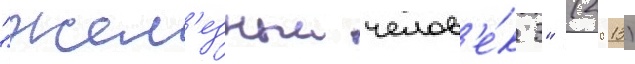
"жел'езныи челов'е́к 3" (2013)